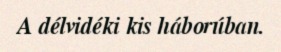
A délvidéki kis háborúban.